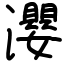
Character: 瀴